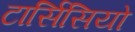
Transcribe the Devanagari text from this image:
टार्सिसियो